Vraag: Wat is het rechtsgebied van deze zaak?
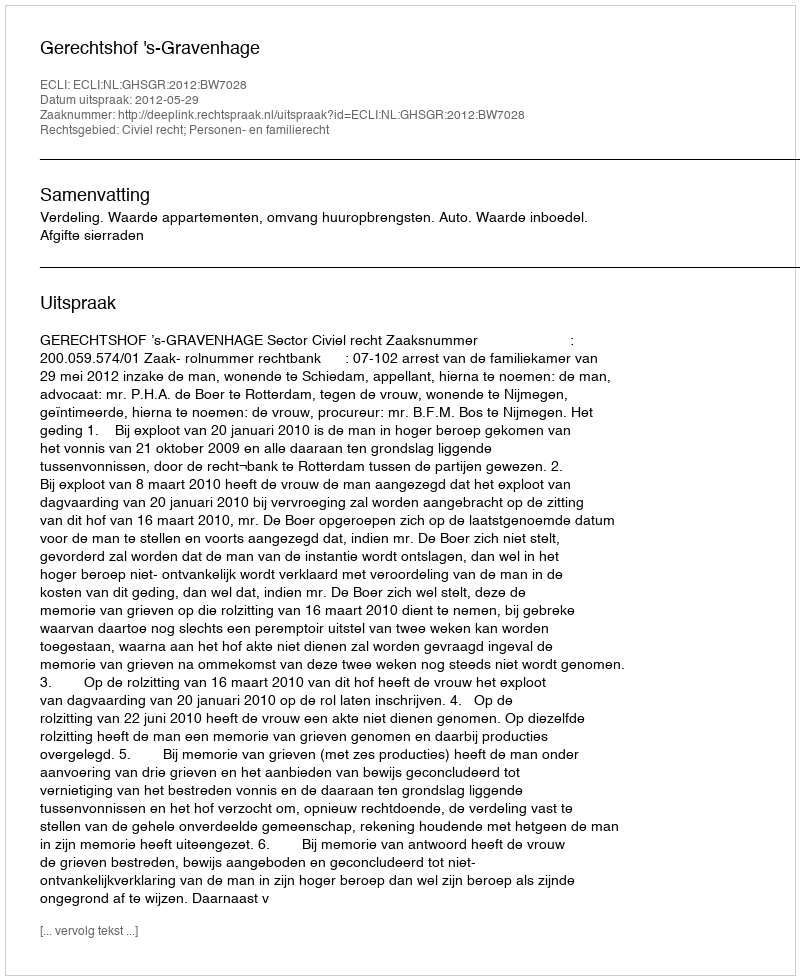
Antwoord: Civiel recht; Personen- en familierecht